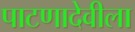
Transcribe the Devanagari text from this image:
पाटणादेवीला